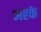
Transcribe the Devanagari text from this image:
अहके